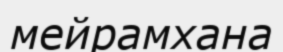
мейрамхана